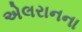
એલરાનના